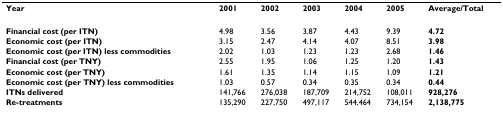
<table><thead><tr><td><b>Year</b></td><td><b>2001</b></td><td><b>2002</b></td><td><b>2003</b></td><td><b>2004</b></td><td><b>2005</b></td><td><b>Average/Total</b></td></tr></thead><tbody><tr><td><b>Financial cost (per ITN)</b></td><td>4.98</td><td>3.56</td><td>3.87</td><td>4.43</td><td>9.39</td><td><b>4.72</b></td></tr><tr><td><b>Economic cost (per ITN)</b></td><td>3.15</td><td>2.47</td><td>4.14</td><td>4.07</td><td>8.51</td><td><b>3.98</b></td></tr><tr><td><b>Economic cost (per ITN) less commodities</b></td><td>2.02</td><td>1.03</td><td>1.23</td><td>1.23</td><td>2.68</td><td><b>1.46</b></td></tr><tr><td><b>Financial cost (per TNY)</b></td><td>2.55</td><td>1.95</td><td>1.06</td><td>1.25</td><td>1.20</td><td><b>1.43</b></td></tr><tr><td><b>Economic cost (per TNY)</b></td><td>1.61</td><td>1.35</td><td>1.14</td><td>1.15</td><td>1.09</td><td><b>1.21</b></td></tr><tr><td><b>Economic cost (per TNY) less commodities</b></td><td>1.03</td><td>0.57</td><td>0.34</td><td>0.35</td><td>0.34</td><td><b>0.44</b></td></tr><tr><td><b>ITNs delivered</b></td><td>141,766</td><td>276,038</td><td>187,709</td><td>214,752</td><td>108,011</td><td><b>928,276</b></td></tr><tr><td><b>Re-treatments</b></td><td>135,290</td><td>227,750</td><td>497,117</td><td>544,464</td><td>734,154</td><td><b>2,138,775</b></td></tr></tbody></table>